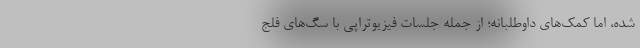
شده، اما کمک‌های داوطلبانه؛ از جمله جلسات فیزیوتراپی با سگ‌های فلج